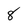
Character: 8